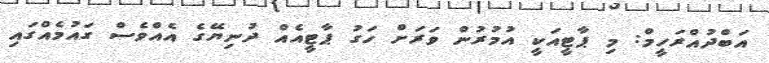
އަބްދުއްރަހީމް: މި ޕާޓީއަކީ އުމުރުން ވަރަށް ހަގު ޕާޓީއެއް ދުނިޔޭގެ އެއްވެސް ގައުމެއްގައި